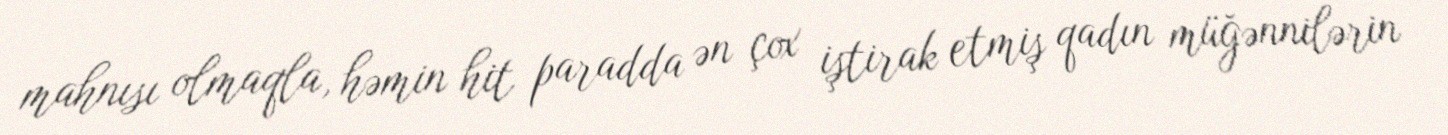
mahnısı olmaqla, həmin hit paradda ən çox iştirak etmiş qadın müğənnilərin